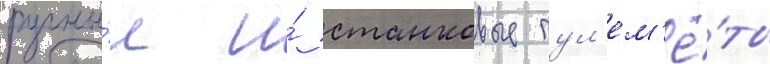
ручны́е и́ станковые пул'ем'ё́ты